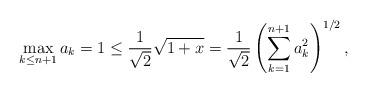
LaTeX: \begin{align*}\max_{k \leq n+1} a_k = 1 \leq \frac{1}{\sqrt{2}}\sqrt{1+x} = \frac{1}{\sqrt{2}}\left(\sum_{k=1}^{n+1} a_k^2\right)^{1/2},\end{align*}